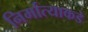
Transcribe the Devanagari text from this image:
निर्मात्याकडे